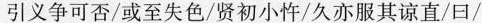
引义争可否/或至失色/贤初小忤/久亦服其谅直/曰/